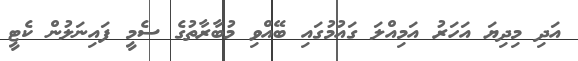
އަދި މިދިޔަ އަހަރު އަމިއްލަ ގައުމުގައި ބޭއްވި މުބާރާތުގެ ސެމީ ފައިނަލުން ކެޓީ